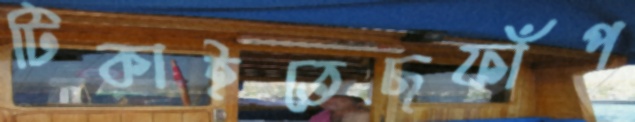
টিকাইতেছফাঁপ